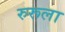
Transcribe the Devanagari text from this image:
रुरूला